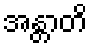
အန္တာတိ